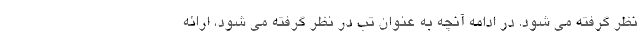
نظر گرفته می شود. در ادامه آنچه به عنوان تب در نظر گرفته می شود، ارائه